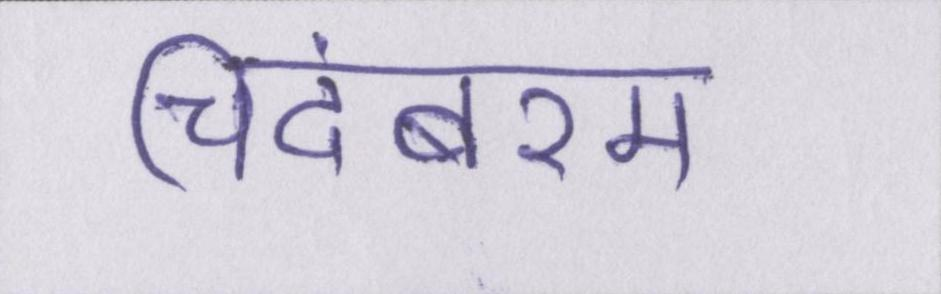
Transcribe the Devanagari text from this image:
चिदंबरम